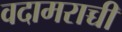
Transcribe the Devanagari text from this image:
वदामराच्ची